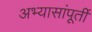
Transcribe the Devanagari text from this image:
अभ्यासांपूर्ती